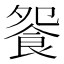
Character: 𩚴